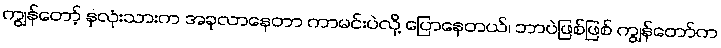
ကျွန်တော့် နှလုံးသားက အခုလာနေတာ ကာမင်းပဲလို့ ပြောနေတယ်၊ ဘာပဲဖြစ်ဖြစ် ကျွန်တော်က